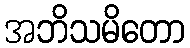
အဘိသမိတော